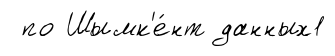
по Шымк'е́нт данных1